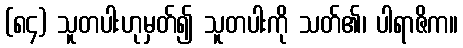
(၈၄) သူတပါးဟုမှတ်၍ သူတပါးကို သတ်၏၊ ပါရာဇိက။